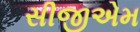
સીજીએમ